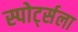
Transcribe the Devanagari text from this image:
स्पोर्ट्सला